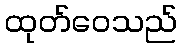
ထုတ်ဝေသည်